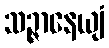
သဉ္ဇာနေယျံ